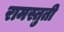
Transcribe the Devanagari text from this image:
रामस्तुती